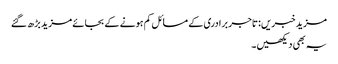
مزید خبریں:تاجر برادری کے مسائل کم ہونے کے بجائے مزید بڑھ گئے
یہ بھی دیکھیں۔